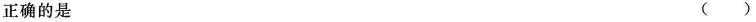
正确的是 ( )